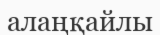
алаңқайлы